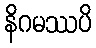
နိဂမဿပိ